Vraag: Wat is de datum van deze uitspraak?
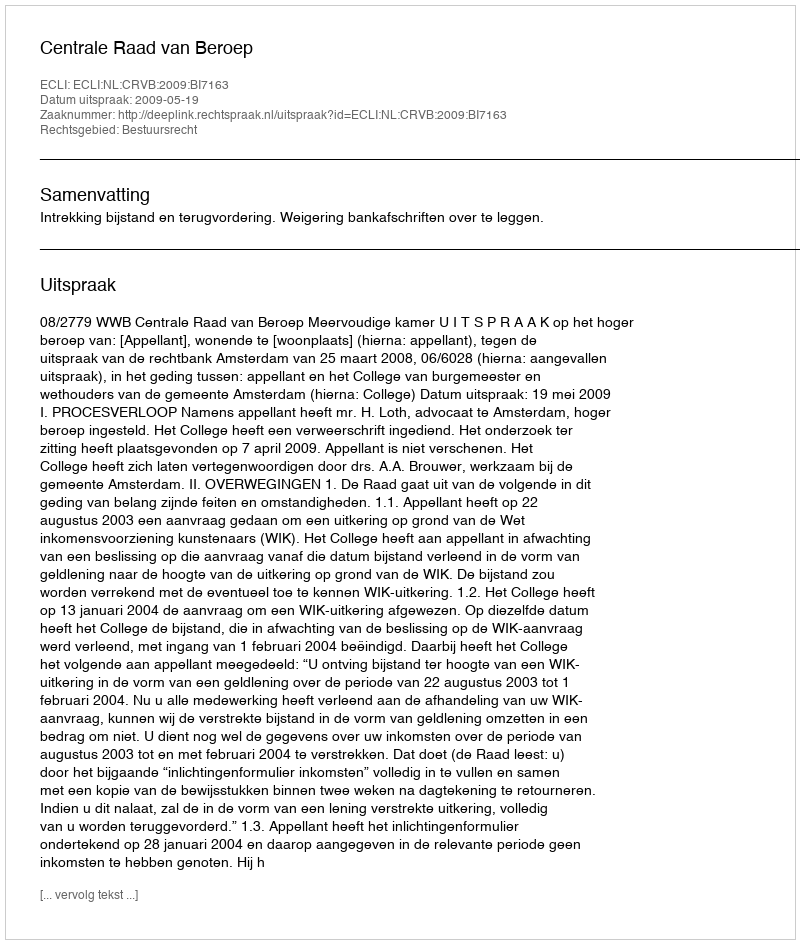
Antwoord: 2009-05-19